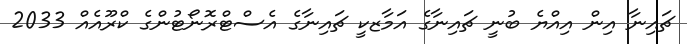
ޗައިނާ އިން އިއްޔެ ބުނީ ޗައިނާގެ އަމާޒކީ ޗައިނާގެ އެސްޓްރޮނޯޓުންގެ ކްރޫއެއް 2033